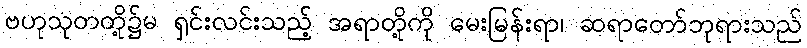
ဗဟုသုတတို့၌မ ရှင်းလင်းသည့် အရာတို့ကို မေးမြန်းရာ၊ ဆရာတော်ဘုရားသည်